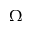
\Omega